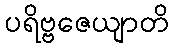
ပရိဗ္ဗဇေယျာတိ